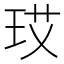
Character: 𪻚